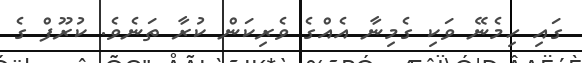
ގައި ހިމެނޭ ވަކި ގެމިނާ އެއްގެ ވެރިކަން ކުރާ ތަނެވެ. ކުރޫފް ގެ